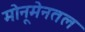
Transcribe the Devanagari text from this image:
मोनूमेनतल